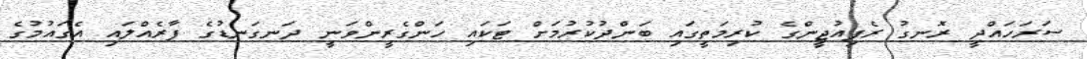
ސަރަހައްދީ ރޮނގު ރެފިއުޖީންގެ ކުރިމަތީގައި ބަންދުކުރުމަށް ޓަކައި ހަންގެރީންވަނީ ދަނގަނޑުގެ ފާރެއްލައި އެގައުމުގެ